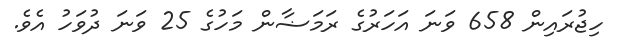
ހިޖުރައިން 658 ވަނަ އަހަރުގެ ރަމަޟާން މަހުގެ 25 ވަނަ ދުވަހު އެވެ.